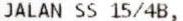
JALAN SS 15/4B,